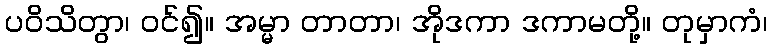
ပဝိသိတွာ၊ ဝင်၍။ အမ္မာ တာတာ၊ အိုဒကာ ဒကာမတို့။ တုမှာကံ၊